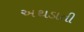
અથડાતી